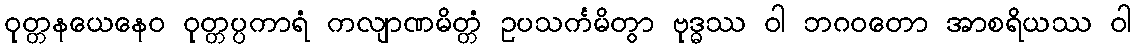
ဝုတ္တနယေနေဝ ဝုတ္တပ္ပကာရံ ကလျာဏမိတ္တံ ဥပသင်္ကမိတွာ ဗုဒ္ဓဿ ဝါ ဘဂဝတော အာစရိယဿ ဝါ